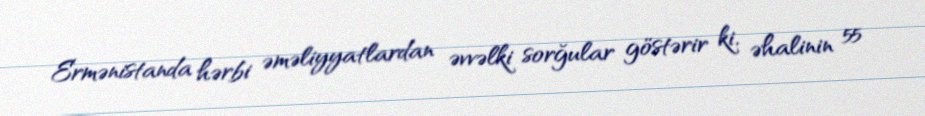
Ermənistanda hərbi əməliyyatlardan əvvəlki sorğular göstərir ki, əhalinin 55